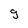
Character: g